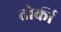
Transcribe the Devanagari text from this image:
तोर्की